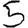
Digit: 5